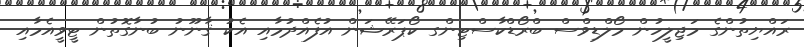
ރައްޔިތުންގެ މަޖިލީހުން މޯލްޑިވްސް ބްރޯޑްކާސްޓިންގ ކޯޕަރޭޝަން އުފެއްދުމާއި އެކު ޤާނޫނު ބުނާގޮތުން ޓީވީއެމާއި